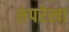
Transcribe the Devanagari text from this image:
रूंपरेखा